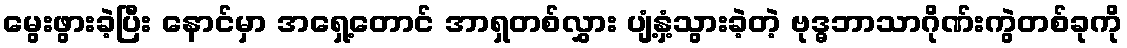
မွေးဖွားခဲ့ပြီး နောင်မှာ အရှေ့တောင် အာရှတစ်လွှား ပျံ့နှံ့သွားခဲ့တဲ့ ဗုဒ္ဓဘာသာဂိုဏ်းကွဲတစ်ခုကို